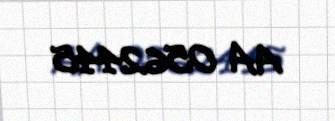
AA 0562445